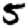
Digit: 5